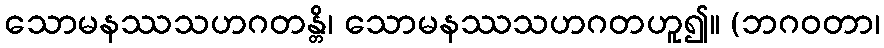
သောမနဿသဟဂတန္တိ၊ သောမနဿသဟဂတဟူ၍။ (ဘဂဝတာ၊